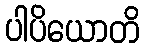
ပါပိယောတိ